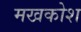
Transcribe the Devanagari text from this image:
मखकोश